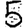
Digit: 5